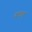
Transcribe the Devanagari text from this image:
वाछड़